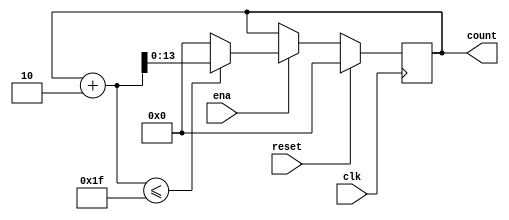
`define SIMULATION_MEMORY

module counter_31_2 (
	input clk,
	input reset,
	input ena,
	output reg [13:0] count
);

always @ (posedge clk) begin 
	if (reset) begin
		count <= 0;
	end else if (ena) begin
		if((count + 2) <= 31) begin
			count <= count + 2;
		end else begin
			count <= 14'd0;
		end
	end
end

endmodule